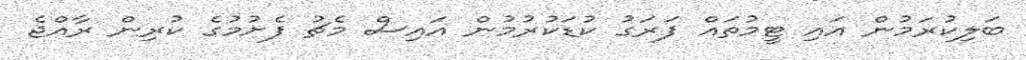
ބަލިކުރަމުން އައި ޓީމުތައް ފަރަގު ކުޑަކުރުމުން އައިސް މެޗު ފެށުމުގެ ކުރިން ރާއްޖެ